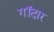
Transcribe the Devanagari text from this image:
गॉदार